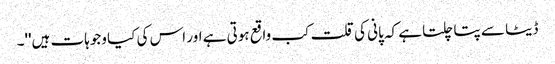
ڈیٹا سے پتا چلتا ہے کہ پانی کی قلت کب واقع ہوتی ہے اور اس کی کیا وجوہات ہیں''۔